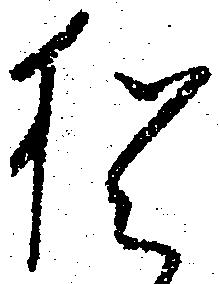
猶